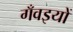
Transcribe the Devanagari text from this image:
गँवइयों